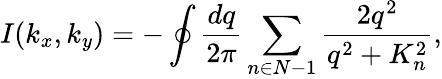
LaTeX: I(k_{x},k_{y})=-\oint\frac{dq}{2\pi}\sum_{n\in N-1}\frac{2q^{2}}{q^{2}+K_{n}^{2}},